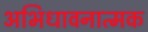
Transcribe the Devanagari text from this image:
अभिधावनात्मक